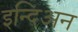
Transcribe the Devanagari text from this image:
इन्दिअन